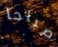
صباحا